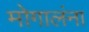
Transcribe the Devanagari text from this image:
मोगालंना